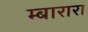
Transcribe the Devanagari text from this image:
म्बारारा